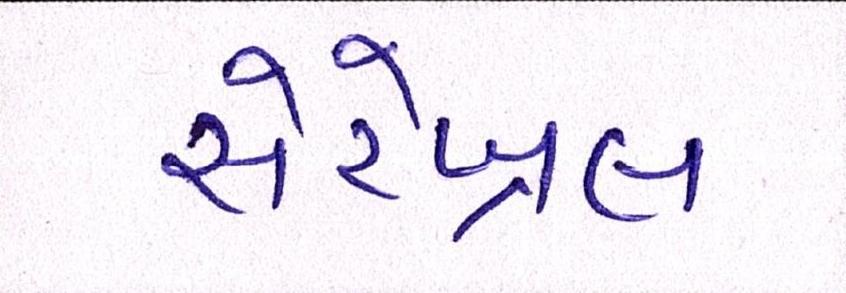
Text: સેરેબ્રલ